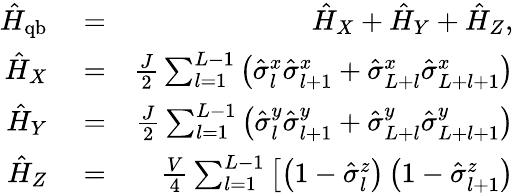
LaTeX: \begin{array}{rlr}{\hat{H}_{\mathrm{qb}}}&{{}=}&{\hat{H}_{X}+\hat{H}_{Y}+\hat{H}_{Z},}\\ {\hat{H}_{X}}&{{}=}&{\frac{J}{2}\sum_{l=1}^{L-1}\left(\hat{\sigma}_{l}^{x}\hat{\sigma}_{l+1}^{x}+\hat{\sigma}_{L+l}^{x}\hat{\sigma}_{L+l+1}^{x}\right)}\\ {\hat{H}_{Y}}&{{}=}&{\frac{J}{2}\sum_{l=1}^{L-1}\left(\hat{\sigma}_{l}^{y}\hat{\sigma}_{l+1}^{y}+\hat{\sigma}_{L+l}^{y}\hat{\sigma}_{L+l+1}^{y}\right)}\\ {\hat{H}_{Z}}&{{}=}&{\frac{V}{4}\sum_{l=1}^{L-1}\left[\left(1-\hat{\sigma}_{l}^{z}\right)\left(1-\hat{\sigma}_{l+1}^{z}\right)\right.}\end{array}